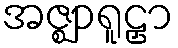
အဇ္ဈာရူဠှာ